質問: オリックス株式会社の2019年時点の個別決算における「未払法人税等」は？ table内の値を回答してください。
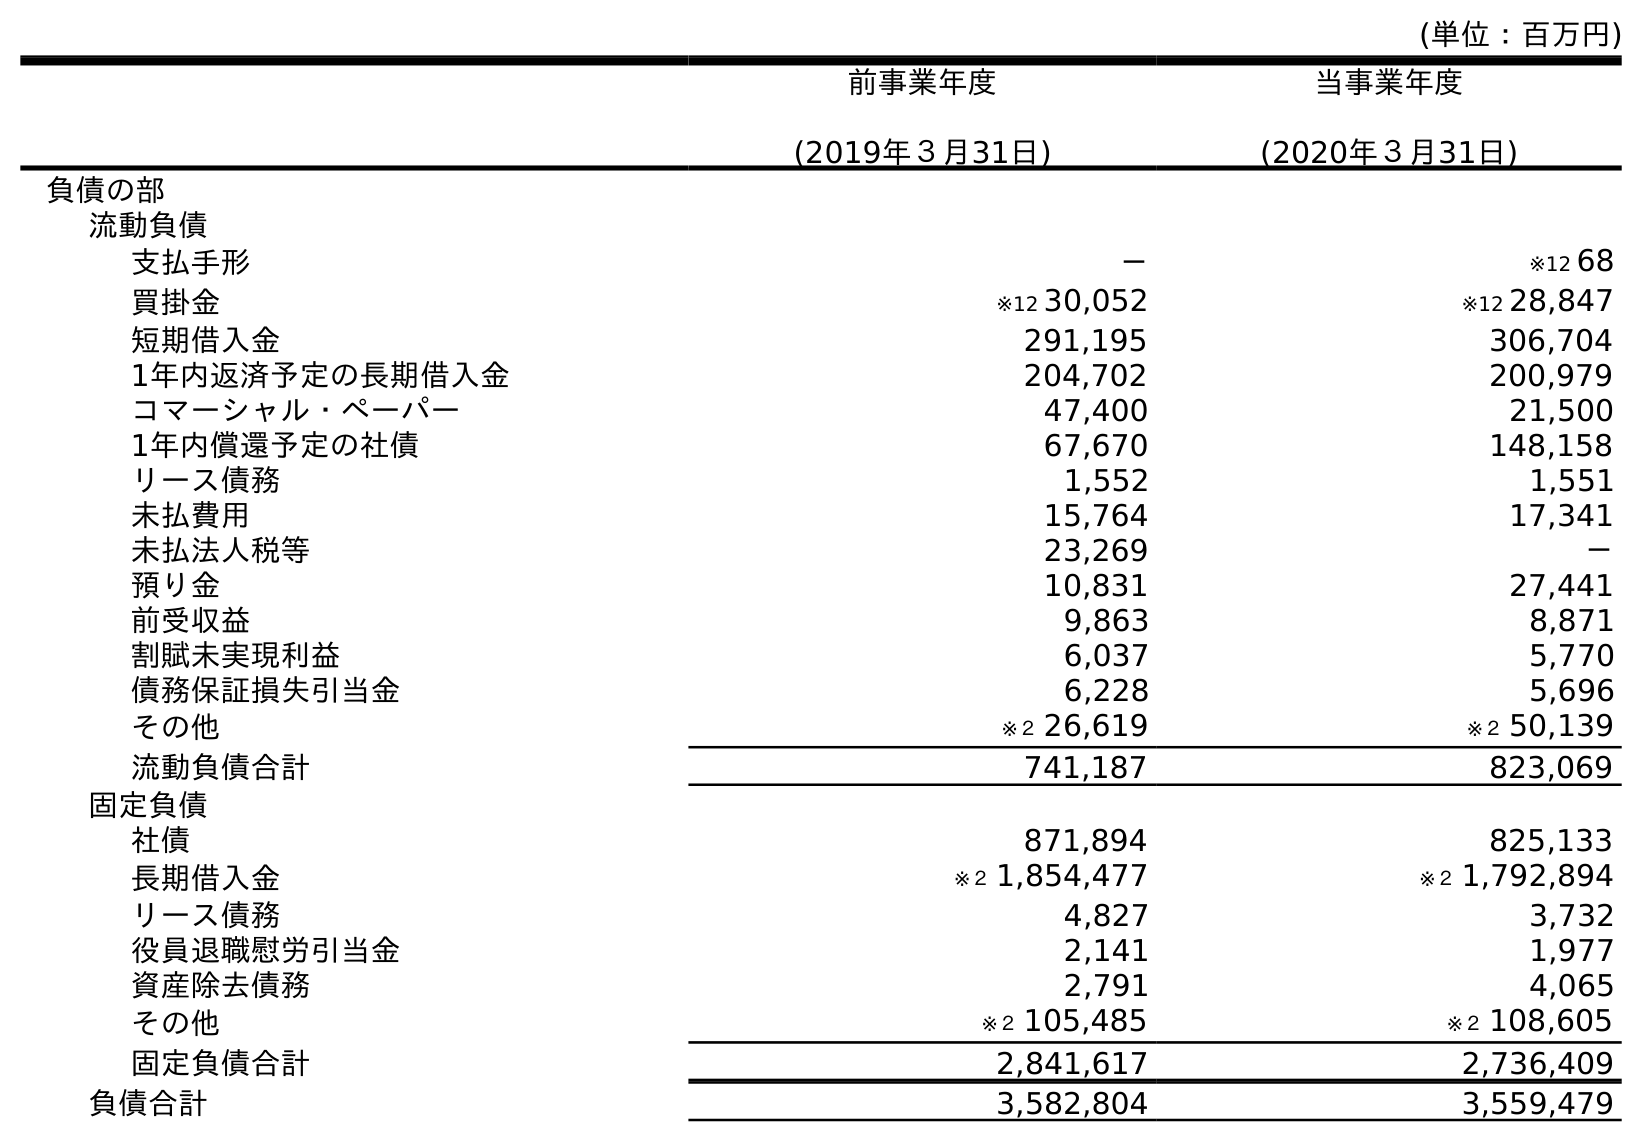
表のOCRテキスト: (単位：百万円) 前事業年度 (2019年３月31日) 当事業年度 (2020年３月31日) 負債の部 流動負債 支払手形 － ※12 68 買掛金 ※12 30,052 ※12 28,847 短期借入金 291,195 306,704 1年内返済予定の長期借入金 204,702 200,979 コマーシャル・ペーパー 47,400 21,500 1年内償還予定の社債 67,670 148,158 リース債務 1,552 1,551 未払費用 15,764 17,341 未払法人税等 23,269 － 預り金 10,831 27,441 前受収益 9,863 8,871 割賦未実現利益 6,037 5,770 債務保証損失引当金 6,228 5,696 その他 ※２ 26,619 ※２ 50,139 流動負債合計 741,187 823,069 固定負債 社債 871,894 825,133 長期借入金 ※２ 1,854,477 ※２ 1,792,894 リース債務 4,827 3,732 役員退職慰労引当金 2,141 1,977 資産除去債務 2,791 4,065 その他 ※２ 105,485 ※２ 108,605 固定負債合計 2,841,617 2,736,409 負債合計 3,582,804 3,559,479
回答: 23,269